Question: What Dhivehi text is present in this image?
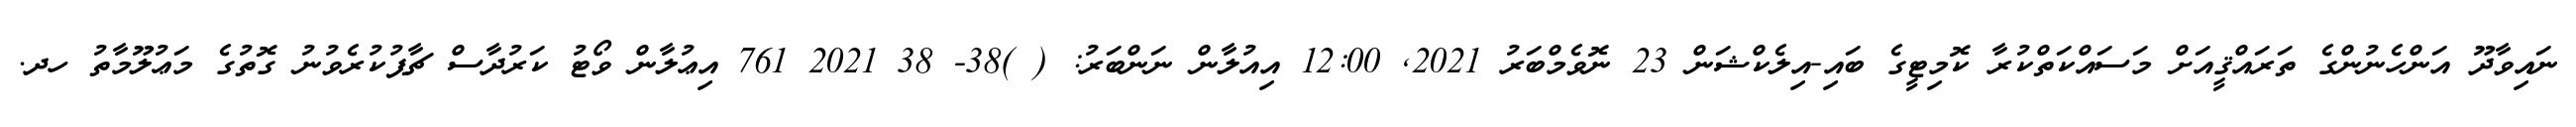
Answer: ނައިވާދޫ އަންހެނުންގެ ތަރައްޤީއަށް މަސައްކަތްކުރާ ކޮމިޓީގެ ބައި-އިލެކްޝަން 23 ނޮވެމްބަރު 2021, 12:00 އިއުލާން ނަންބަރު: ( )38- 38 2021 761 އިޢުލާން ވޯޓު ކަރުދާސް ޗާޕުކުރެވުނު ގޮތުގެ މަޢުލޫމާތު ހދ.